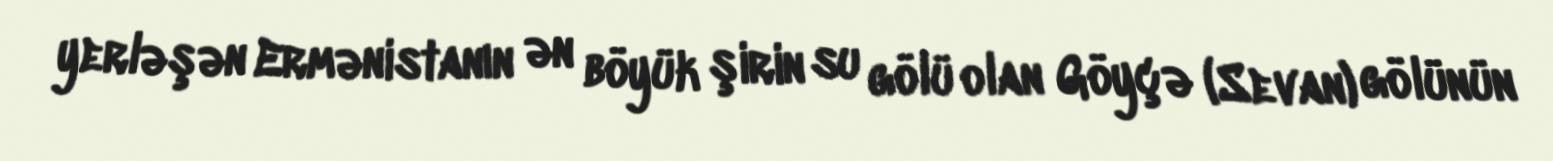
yerləşən Ermənistanın ən böyük şirin su gölü olan Göyçə (Sevan) gölünün